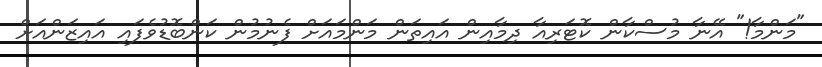
"މަންމާ!" އޭނާ މުސްކާން ކޮޓަރިއާ ދިމާއިން އައިތަން މަންމައަށް ފެނުމުން ކަންބޮޑުވެފައި އައިޒަންއަށް